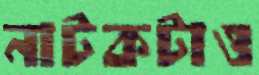
নাটকটাও